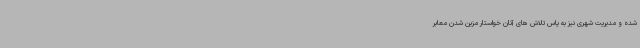
شده و مدیریت شهری نیز به پاس تلاش های آنان خواستار مزین شدن معابر